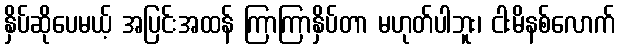
နှိပ်ဆိုပေမယ့် အပြင်းအထန် ကြာကြာနှိပ်တာ မဟုတ်ပါဘူး၊ ငါးမိနစ်လောက်